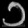
Digit: ၁